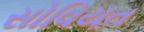
સોવિયત